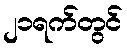
၂၁ရက်တွင်